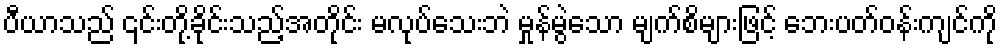
ပီယာသည် ၎င်းတို့ခိုင်းသည့်အတိုင်း မလုပ်သေးဘဲ မှုန်မွဲသော မျက်စိများဖြင့် ဘေးပတ်ဝန်းကျင်ကို